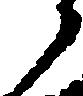
ら